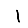
Digit: 1